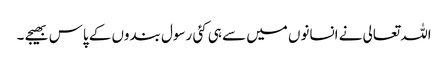
اللہ تعالی نے انسانوں میں سے ہی کئی رسول بندوں کے پاس بھیجے ۔